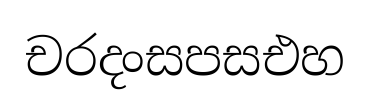
චරදංසපසඑහ